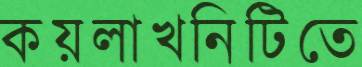
কয়লাখনিটিতে